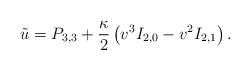
LaTeX: \begin{align*} \tilde{u}=P_{3,3}+\frac{\kappa}{2}\left(v^3I_{2,0}-v^2I_{2,1}\right).\end{align*}